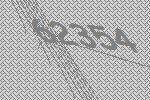
62354